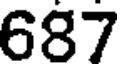
687